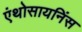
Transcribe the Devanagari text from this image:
एंथोसायनिंस